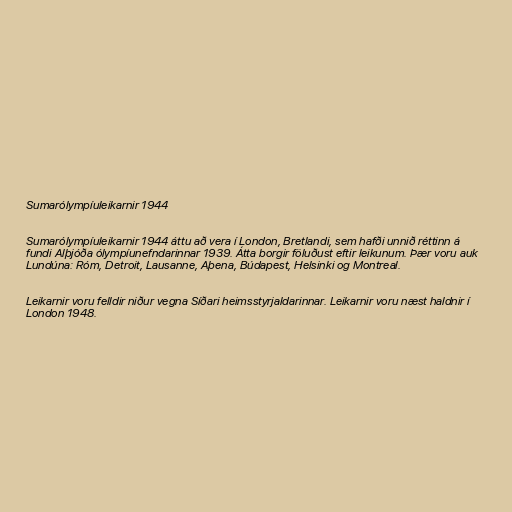
Sumarólympíuleikarnir 1944

Sumarólympíuleikarnir 1944 áttu að vera í London, Bretlandi, sem hafði unnið réttinn á
fundi Alþjóða ólympíunefndarinnar 1939. Átta borgir föluðust eftir leikunum. Þær voru auk
Lundúna: Róm, Detroit, Lausanne, Aþena, Búdapest, Helsinki og Montreal.

Leikarnir voru felldir niður vegna Síðari heimsstyrjaldarinnar. Leikarnir voru næst haldnir í
London 1948.